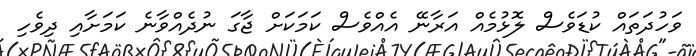
ވަހުދަތައް ކުޑަވެސް ލޮޅުމެއް އަރާނޭ އެއްވެސް ކަމަކަށް ޖާގަ ނުދެއްވާނެ ކަމަށާއި ދިވެހި